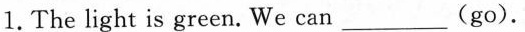
1.The light is green. We can___(go).